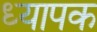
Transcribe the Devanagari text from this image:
ध्यापक